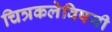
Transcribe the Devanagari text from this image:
चित्रकलेविषयी